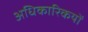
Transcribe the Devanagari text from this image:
अधिकारिकयों